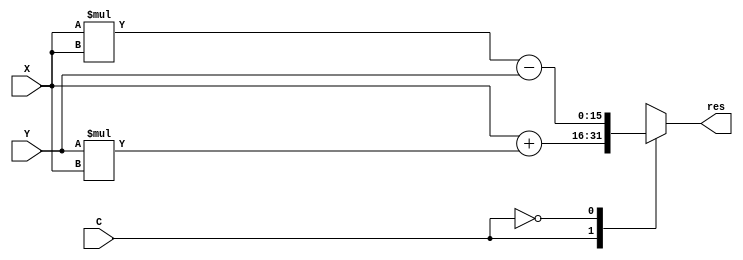
`timescale 1ns / 1ps
//////////////////////////////////////////////////////////////////////////////////
// Company: 
// Engineer: 
// 
// Design Name: 
// Module Name: operacion
// Project Name: 
// Target Devices: 
// Tool Versions: 
// Description: 
// 
// Dependencies: 
// 
// Revision:
// Revision 0.01 - File Created
// Additional Comments:
// 
//////////////////////////////////////////////////////////////////////////////////


module operacion(
    input [7:0] X,Y,
    input C,
    output reg [15:0] res
    );
    
    //Cuerpo modulo
    always@*
    begin//begin always
        case(C)
            1'b1 : res = X + Y * X;
            
            1'b0 : res = X * X - Y;
            
            default : res = 16'b0000000000000000; 
        endcase//endcase C
    end//end always
    
endmodule